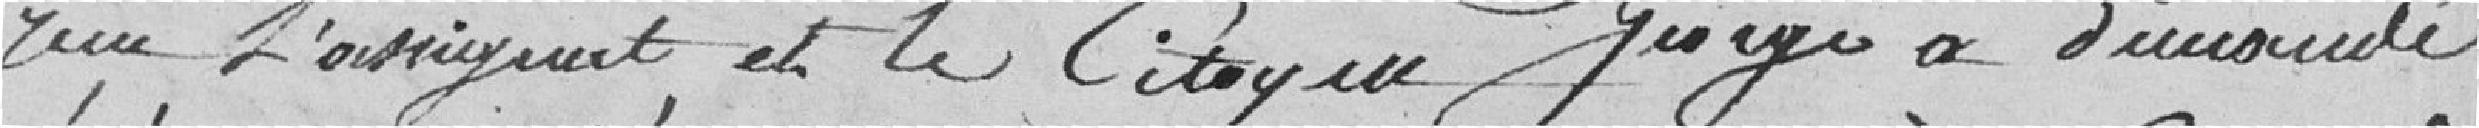
reçû l'assignat et le citoyen George a demandé